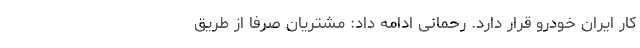
کار ایران خودرو قرار دارد. رحمانی ادامه داد: مشتریان صرفا از طریق